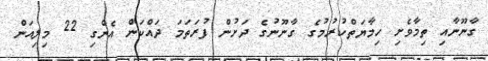
ގާނޫނާއި ތިމާވެށި ހިމާޔަތްކުރުމުގެ ގާނޫނުގެ ދަށުން ފުރަތަމަ ދައްކަން އެންގި 22 މިލިއަން